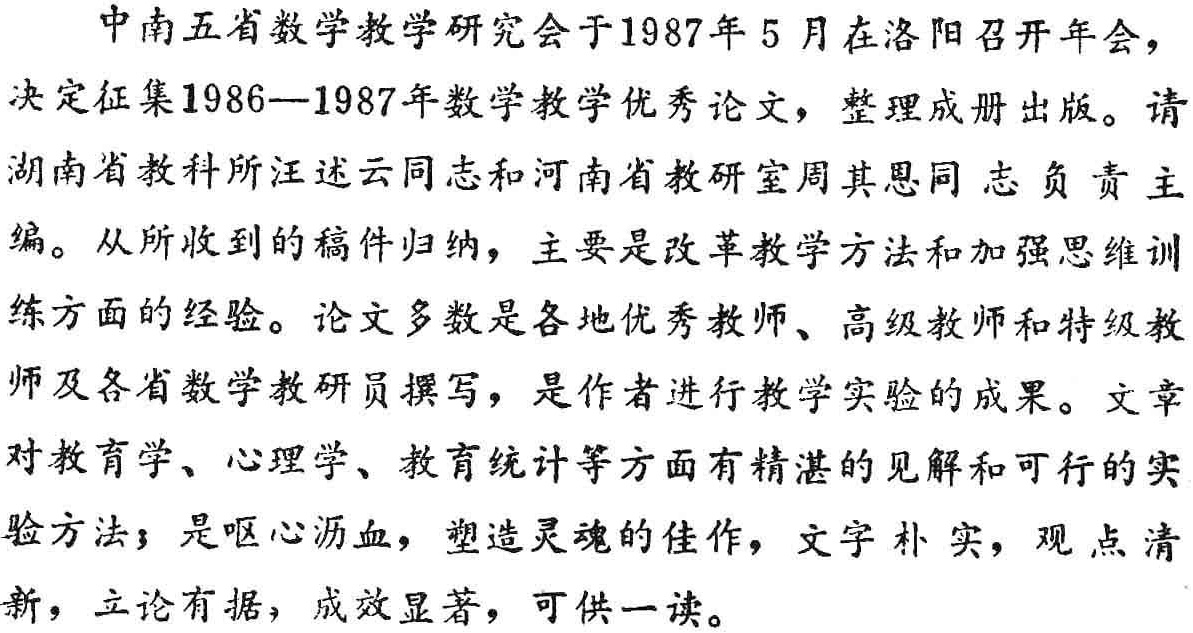
中南五省数学教学研究会于1987年5月在洛阳召开年会，决定征集1986—1987年数学教学优秀论文，整理成册出版。请湖南省教科所汪述云同志和河南省教研室周其恩同志负责主编。从所收到的稿件归纳，主要是改革教学方法和加强思维训练方面的经验。论文多数是各地优秀教师、高级教师和特级教师及各省数学教研员撰写，是作者进行教学实验的成果。文章对教育学、心理学、教育统计等方面有精湛的见解和可行的实验方法；是呕心沥血，塑造灵魂的佳作，文字朴实，观点清新，立论有据，成效显著，可供一读。